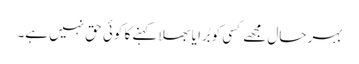
بہر حال مجھے کسی کو بُرا یا بھلا کہنے کا کوئی حق نہیں ہے۔